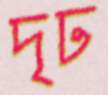
দৃঢ